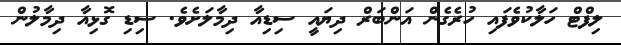
ލިފްޓް ހަލާކުވެފައި ހުރެގެން އަންބަރް ދިޔައީ ސިޑިއާ ދިމާލަށެވެ. ސިޑި ގޮޅިއާ ދިމާލުން